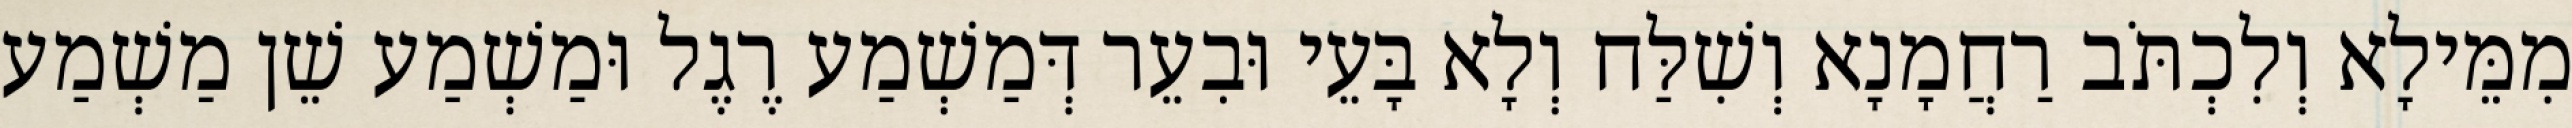
מִמֵּילָא וְלִכְתֹּב רַחֲמָנָא וְשִׁלַּח וְלָא בָּעֵי וּבִעֵר דְּמַשְׁמַע רֶגֶל וּמַשְׁמַע שֵׁן מַשְׁמַע